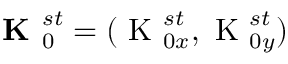
\textbf { K } _ { 0 } ^ { s t } = ( \textrm { K } _ { 0 x } ^ { s t } , \textrm { K } _ { 0 y } ^ { s t } )